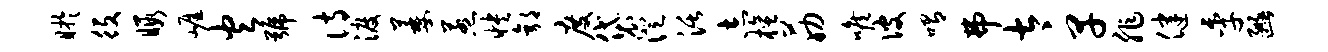
盱役暇崖火号诗渡萎惹怏郭度袋澄活志檀筋喉彼喟弗太早非健季豳